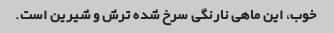
خوب، این ماهی نارنگی سرخ شده ترش و شیرین است.